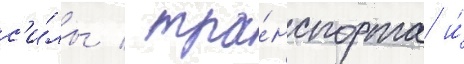
с'и́лы / тра́нспорта и́